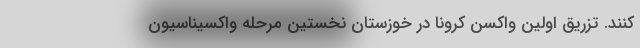
کنند. تزریق اولین واکسن کرونا در خوزستان نخستین مرحله واکسیناسیون